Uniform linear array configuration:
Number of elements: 16
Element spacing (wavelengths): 0.75
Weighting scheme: kaiser
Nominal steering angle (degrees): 0
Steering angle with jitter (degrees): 0.4294
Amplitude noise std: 0.05
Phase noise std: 0.05

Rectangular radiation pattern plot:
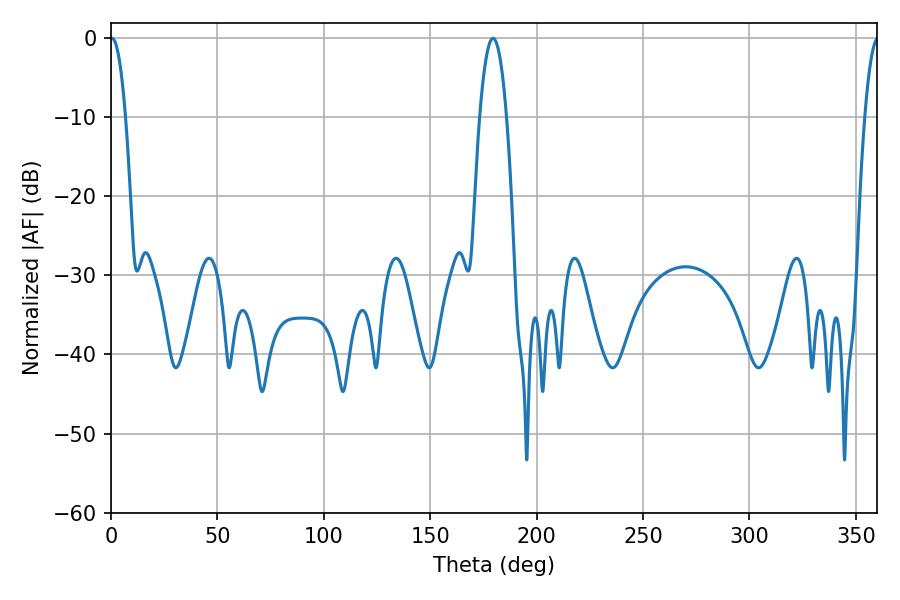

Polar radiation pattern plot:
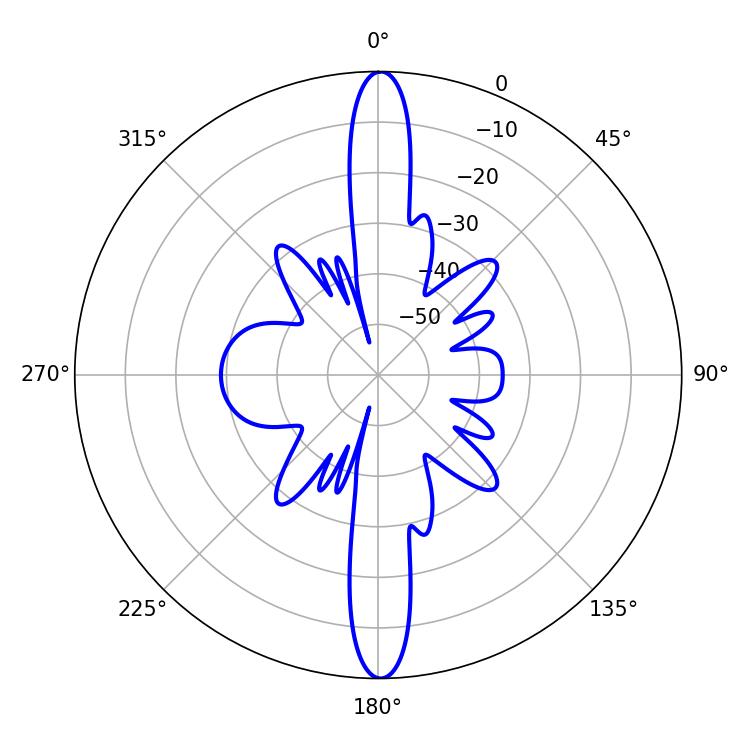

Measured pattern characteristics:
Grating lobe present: TRUE
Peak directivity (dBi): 30.278
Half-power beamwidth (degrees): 3.96
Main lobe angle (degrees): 0.54